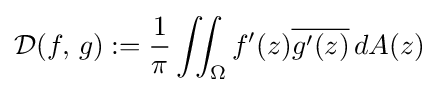
{\mathcal {D}}(f,\,g):={1 \over \pi }\iint _{\Omega }f'(z){\overline {g'(z)}}\,dA(z)